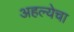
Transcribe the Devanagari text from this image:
अहल्येचा